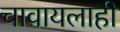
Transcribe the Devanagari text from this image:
चावायलाही